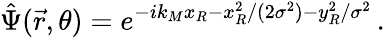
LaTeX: \hat{\Psi}(\vec{r},\theta)=e^{-ik_{M}x_{R}-x_{R}^{2}/(2\sigma^{2})-y_{R}^{2}/\sigma^{2}}\, .